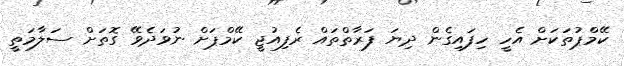
ކޭމްޕުތަކަށް އެހީ ހިފައިގެން ދިޔަ ފަރާތްތައް ރެފިއުޖީ ކޭމްޕަށް ނުވަދެވޭ ގޮތަށް ސަލާމަތީ